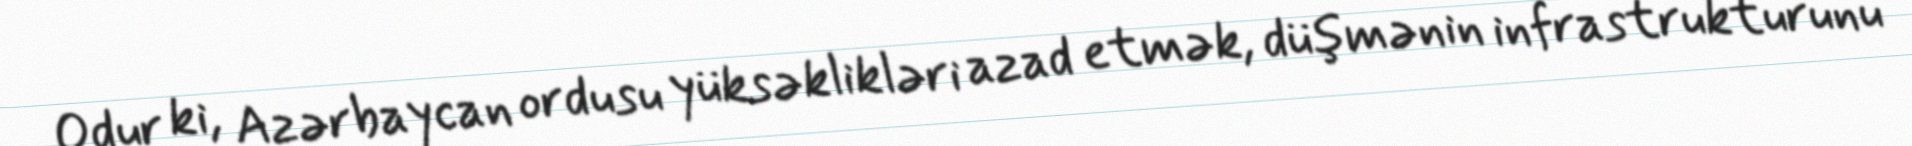
Odur ki, Azərbaycan ordusu yüksəklikləri azad etmək, düşmənin infrastrukturunu